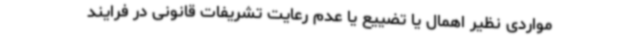
مواردی نظیر اهمال یا تضییع یا عدم رعایت تشریفات قانونی در فرایند